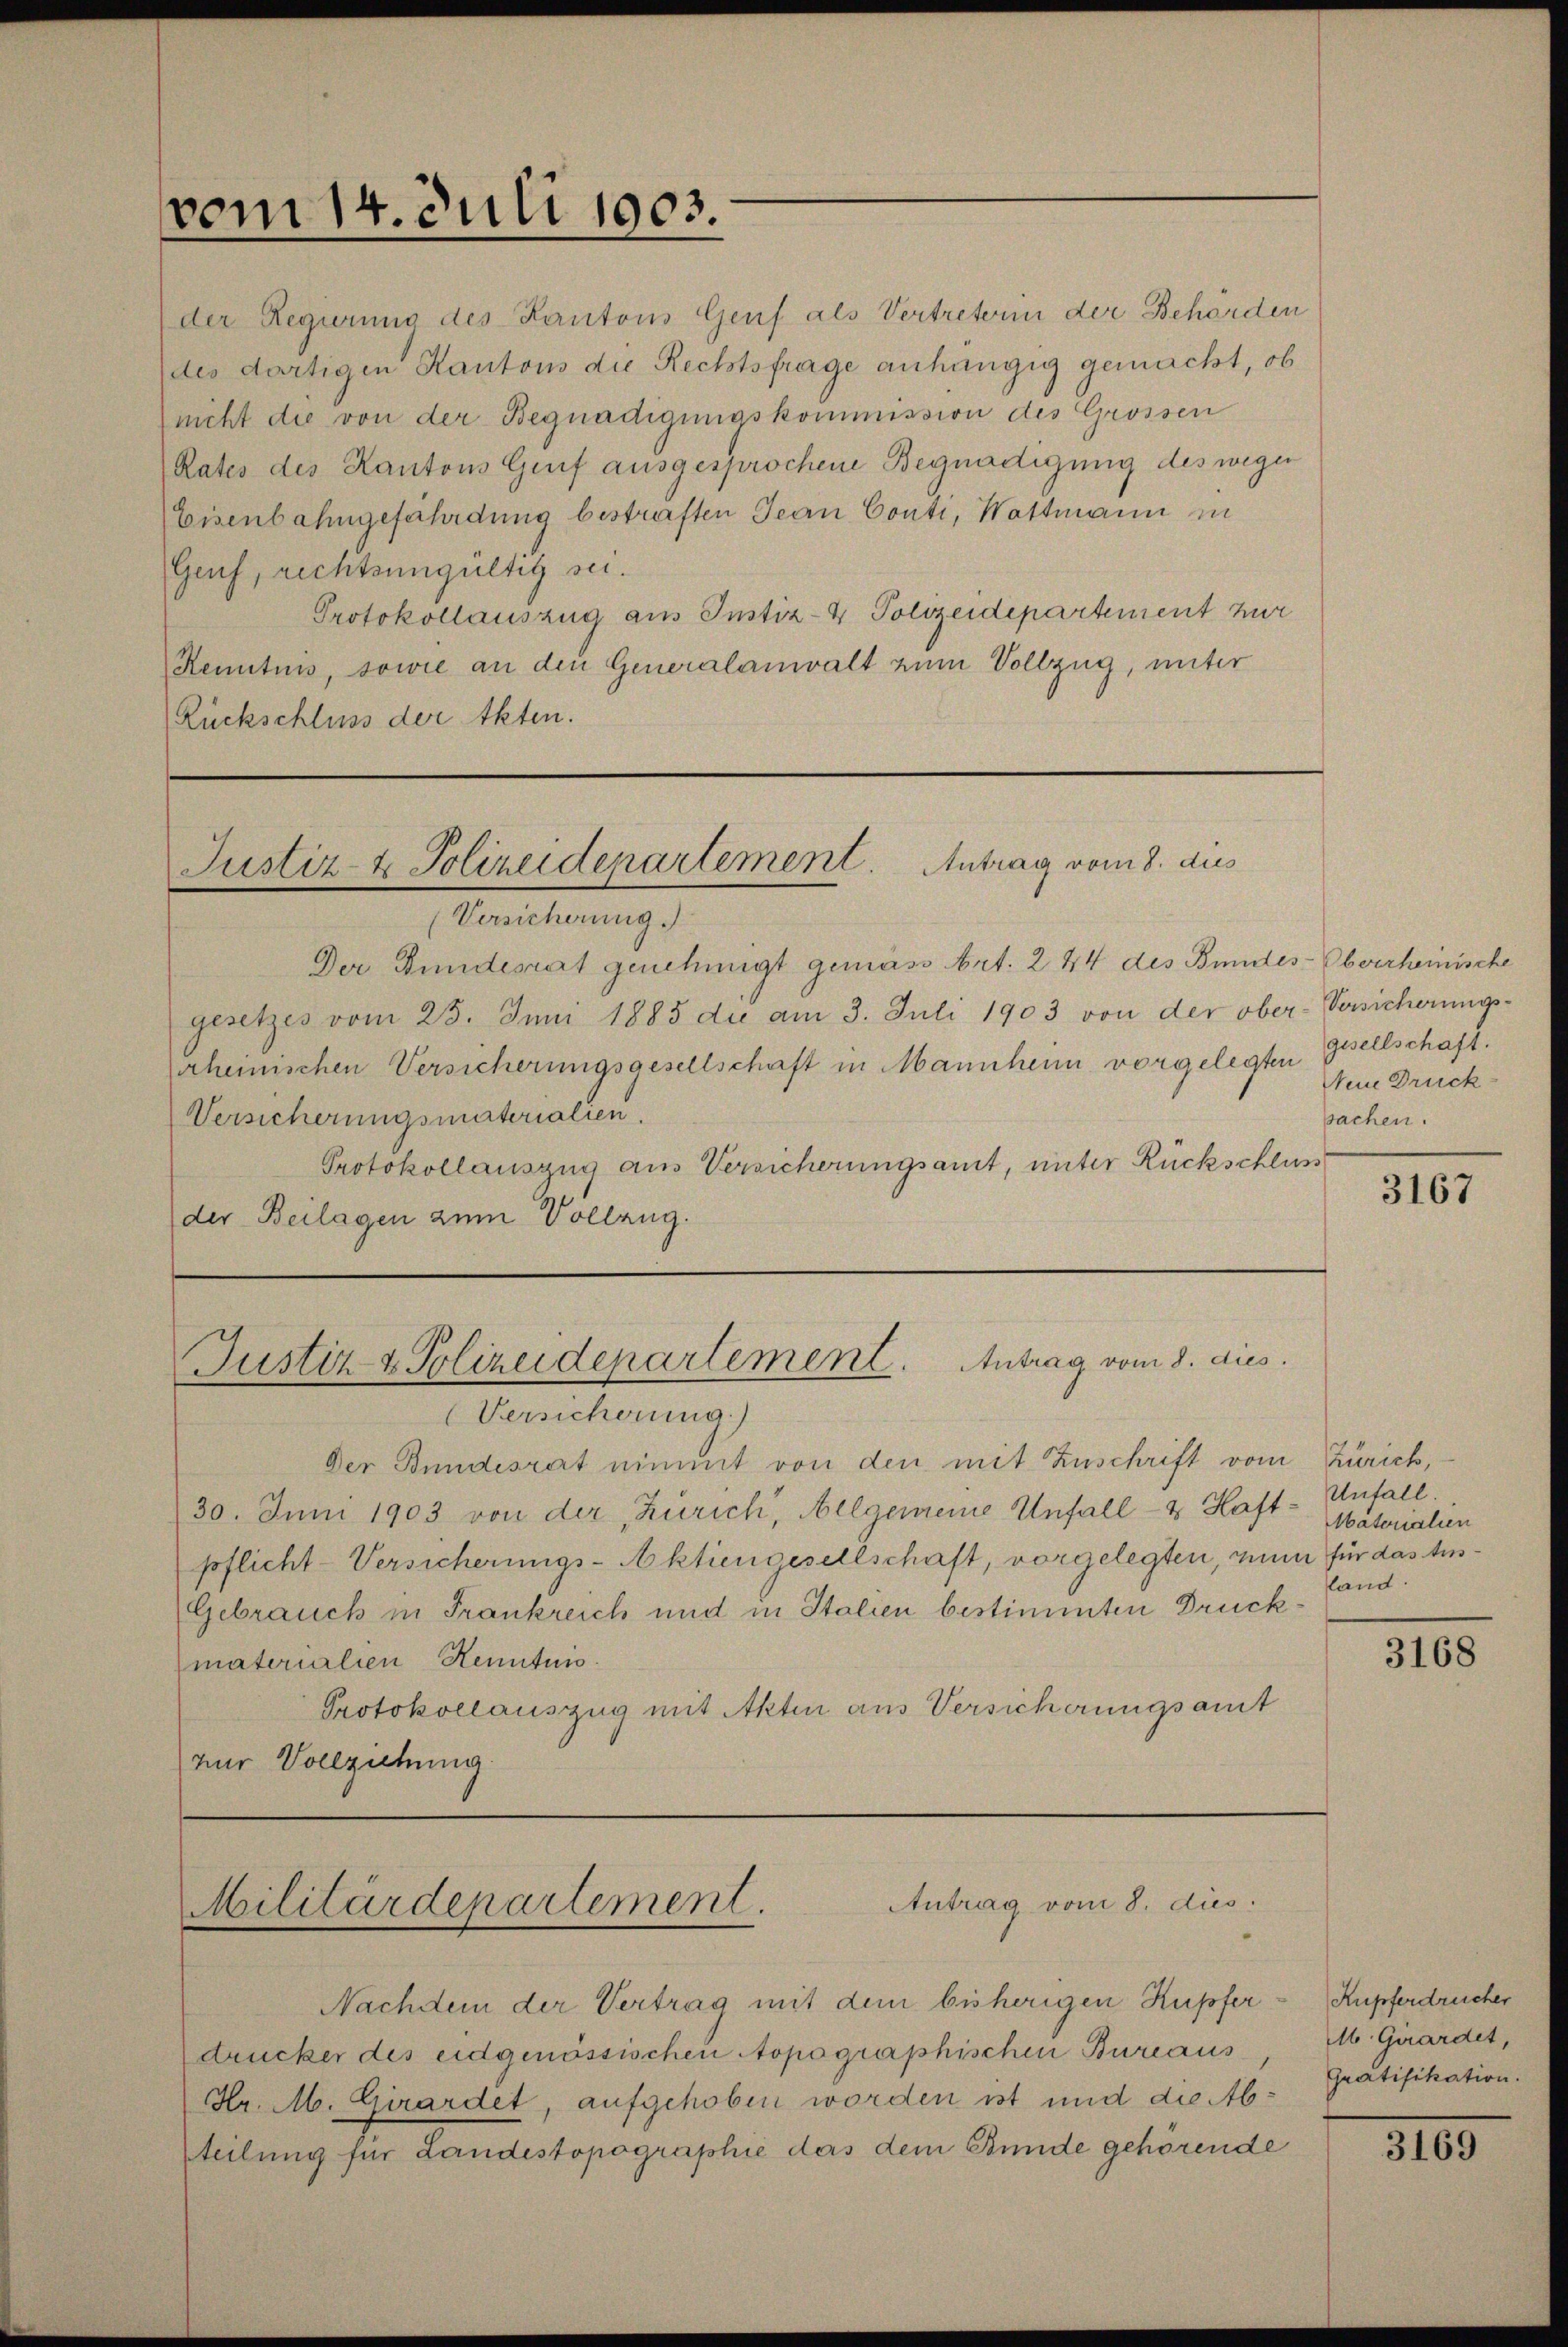
vom 14. Juli 1903.

nicht die von der Begnadigungskommission des Grossen
Rates des Kantons Genf ausgesprochene Begnadigung des wegen
Eisenbahngefährdung bestraften Jean Conti, Wattmann in
Genf, rechtsungültig sei.
Protokollauszug aus Instiz- & Polizeidepartement zur
Renntnis, sowie an den Generalanwalt zum Vollzug, unter
Rückschluss der Akten.

Justiz- & Polizeidepartement. Antrag vom 8. dies

(Versicherung.)
Der Bundesrat genehmigt gemäss Art. 244 des Bundes-Obverheinische
gesetzes vom 25. Juni 1883 du am 3. Juli 1903 von der ober-Versicherungs-
arheinischen Versicherungsgesellschaft in Mannheim vorgelegten
Versicherungsmaterialien.
Protokollauszug aus Versicherungsamt, unter Rückschluss
der Beilagen zum Vollzug.

Justiz & Polizeidepartement. Antrag vom 8. dies
Versicherung.)

Der Bundesrat nimmt von den mit Zuschrift vom Zürich,
30. Juni 1903 von der Zürich, Allgemeine Unfall- & Haft- Unfall.
pflicht-Versicherungs-Aktiengesellschaft, vorgelegten, nun für das Aus¬
Gebrauch in Frankreich und in Italien bestimmten Druckmatorialien Kenntnis.
Protokollauszug mit Akten aus Versicherungsamt
zur Vollziehung

der Regierung des Kantons Genf als Vertreterin der Behörden
(des dortigen Kantons die Rechtsfrage anhängig gemacht, ob

Militärdepartement. Antrag vom 8. dies

Nachdem der Vertrag mit dem bisherigen Kupferdrucker des eidgenössischen Aopographischen Bureaus
Hr. M. Girardet, aufgehoben worden ist und die Abteilung für Landestopographie das dem Bunde gehörende

gesellschaft.
Neue Druck-
pachen.

3167

Materialien
land.

3168

Kupferdrucher
M. Girardet,
Gratifikation.

3100